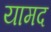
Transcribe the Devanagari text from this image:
यामद